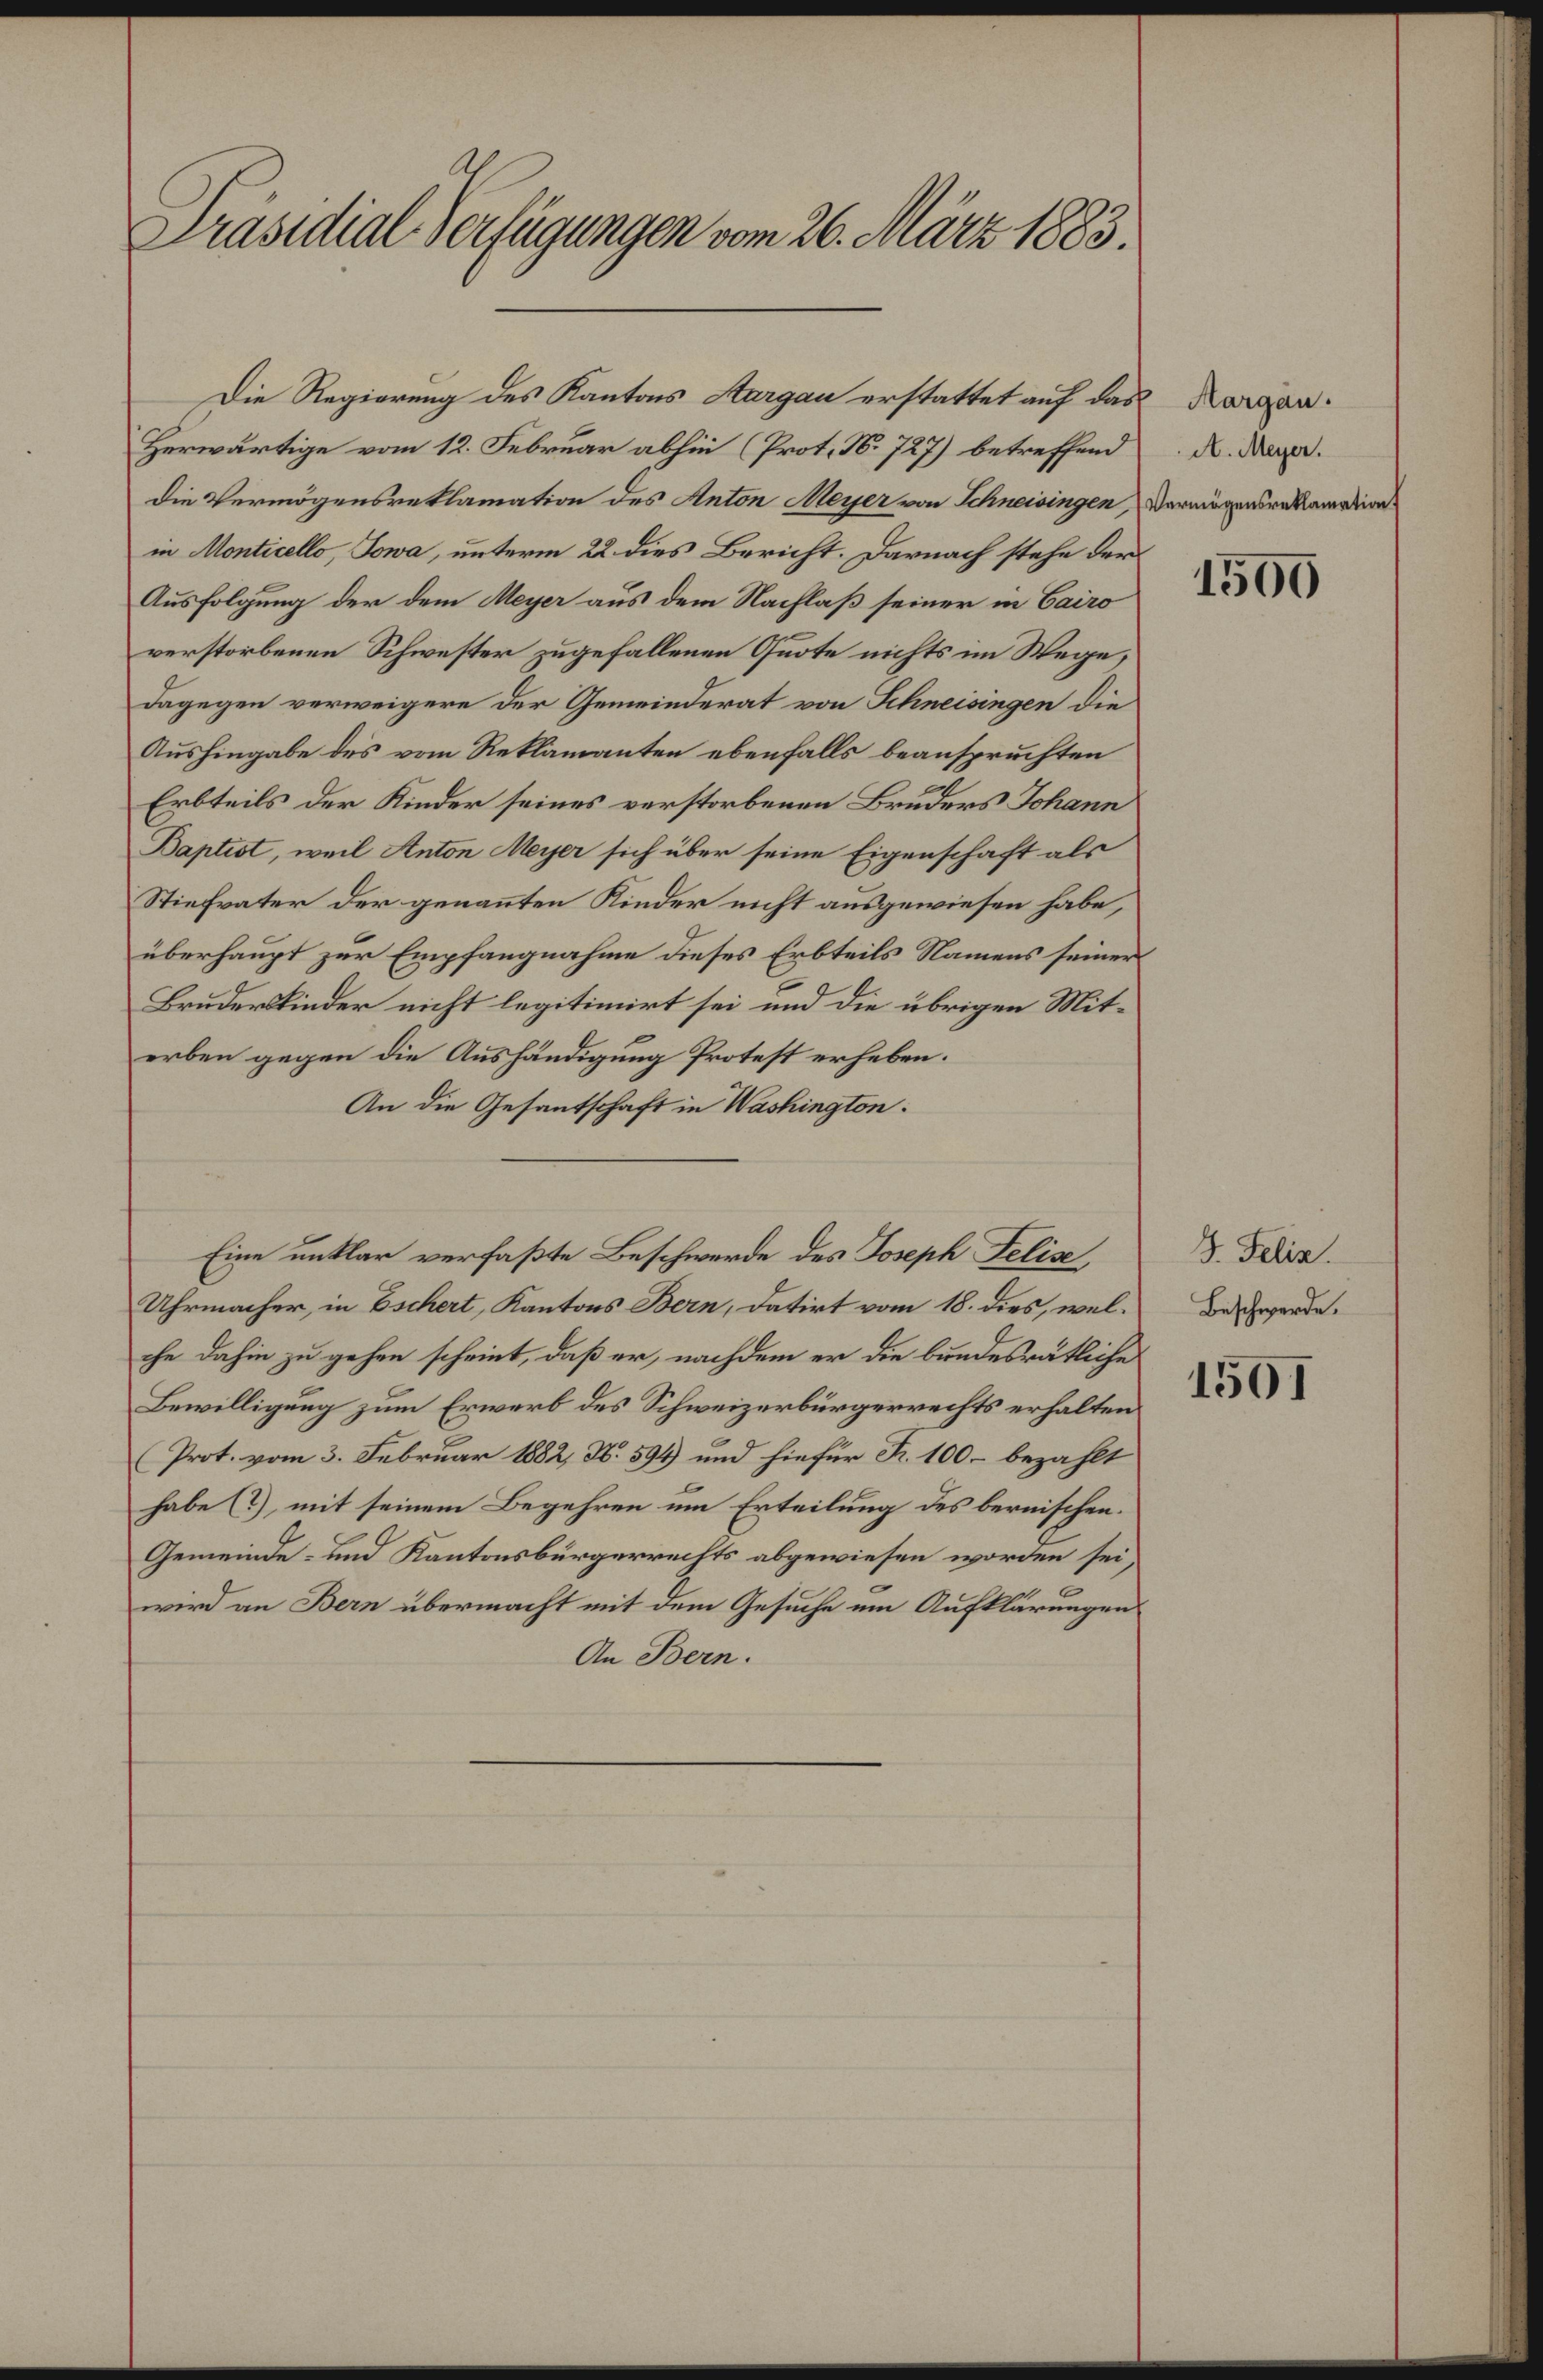
. Ausitial. ecgegen vm 26. Ar 1885.
Die Regiorung des Kantns angan erstattetauf de¬
p Kargan.¬
A. Magr.
Herwärtige vom 12. Februar abhi Proti 8. 7u7] betreffend
Vermgenretamatimnt
die Vermögenretlamaton des nton Aeer rn Khmwiwingee
in ontials, Sora, unterm 22. dies Bericht. Darnach stehe du
1800
Ausfolung der dem ager aus dem Rachlaß seiner im Bi
verstorbenen Schwester zugefallenen Guote nichts im Wege,
Lagegen verweigere der Gemwinderat von Klniingen¬
Aushmgabe des vom Retlamanten ebenfalls beauspruchten
 Tkann
Erbteils der Kinder seines verstrbenen Brrdrrs. r
alr
Bajliol, weil Auton igea sich über seine Eigenschäft¬
n Fike
Stiefrater der genauten Kinder nicht ausgewiesen¬
überhaupt zur Enpfangnahme dieses Erbteils Namens seiner
Brudertinder nicht legitimirt sei und die übrigen Mit¬
erben gegen die Aushändigung Protest erheben.
An die Gesantschaft in Väcliegton.
2. Fr
Eie unlar verfaste Beschwerde des Sonpek Bolis,
Beschgerde.
Uhrnacher in Bnhorl, Kantons Ban, datirt vom 18. Dias, wel¬
he dahn zu gehen schriet, daß er, nachdenm er die bundesautliche
150
Bewilligung zum Erwerb des Schweizerbürgerrechts erhalten
Prot. vom 3. Februar 4882 3.899 und hiefür J. 100t. bezaht
habe  mit seinem Begehren vm Erteilung des bernischen.
Gemeinde und Kantnsburgerrechts abgewiesen worden sei
wird em Ban übermacht vmit dem Gesuche vm Auftlärungen
An Ban.